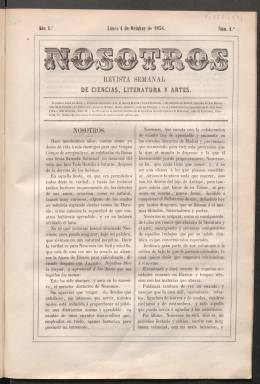
Título: Nosotros (Madrid. 1858)
Colección: Literatura || Espectáculos
Ámbito geográfico: Madrid
Lugar de publicación: Madrid
Fechas: 04/10/1858-24/01/1859